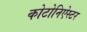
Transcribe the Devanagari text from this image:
कोटोनिऐस्टर